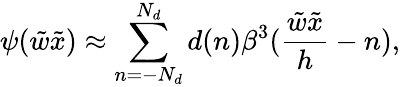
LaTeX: \psi(\tilde{w}\tilde{x})\approx\sum_{n=-N_{d}}^{N_{d}}d(n)\beta^{3}(\frac{\tilde{w}\tilde{x}}{h}-n),